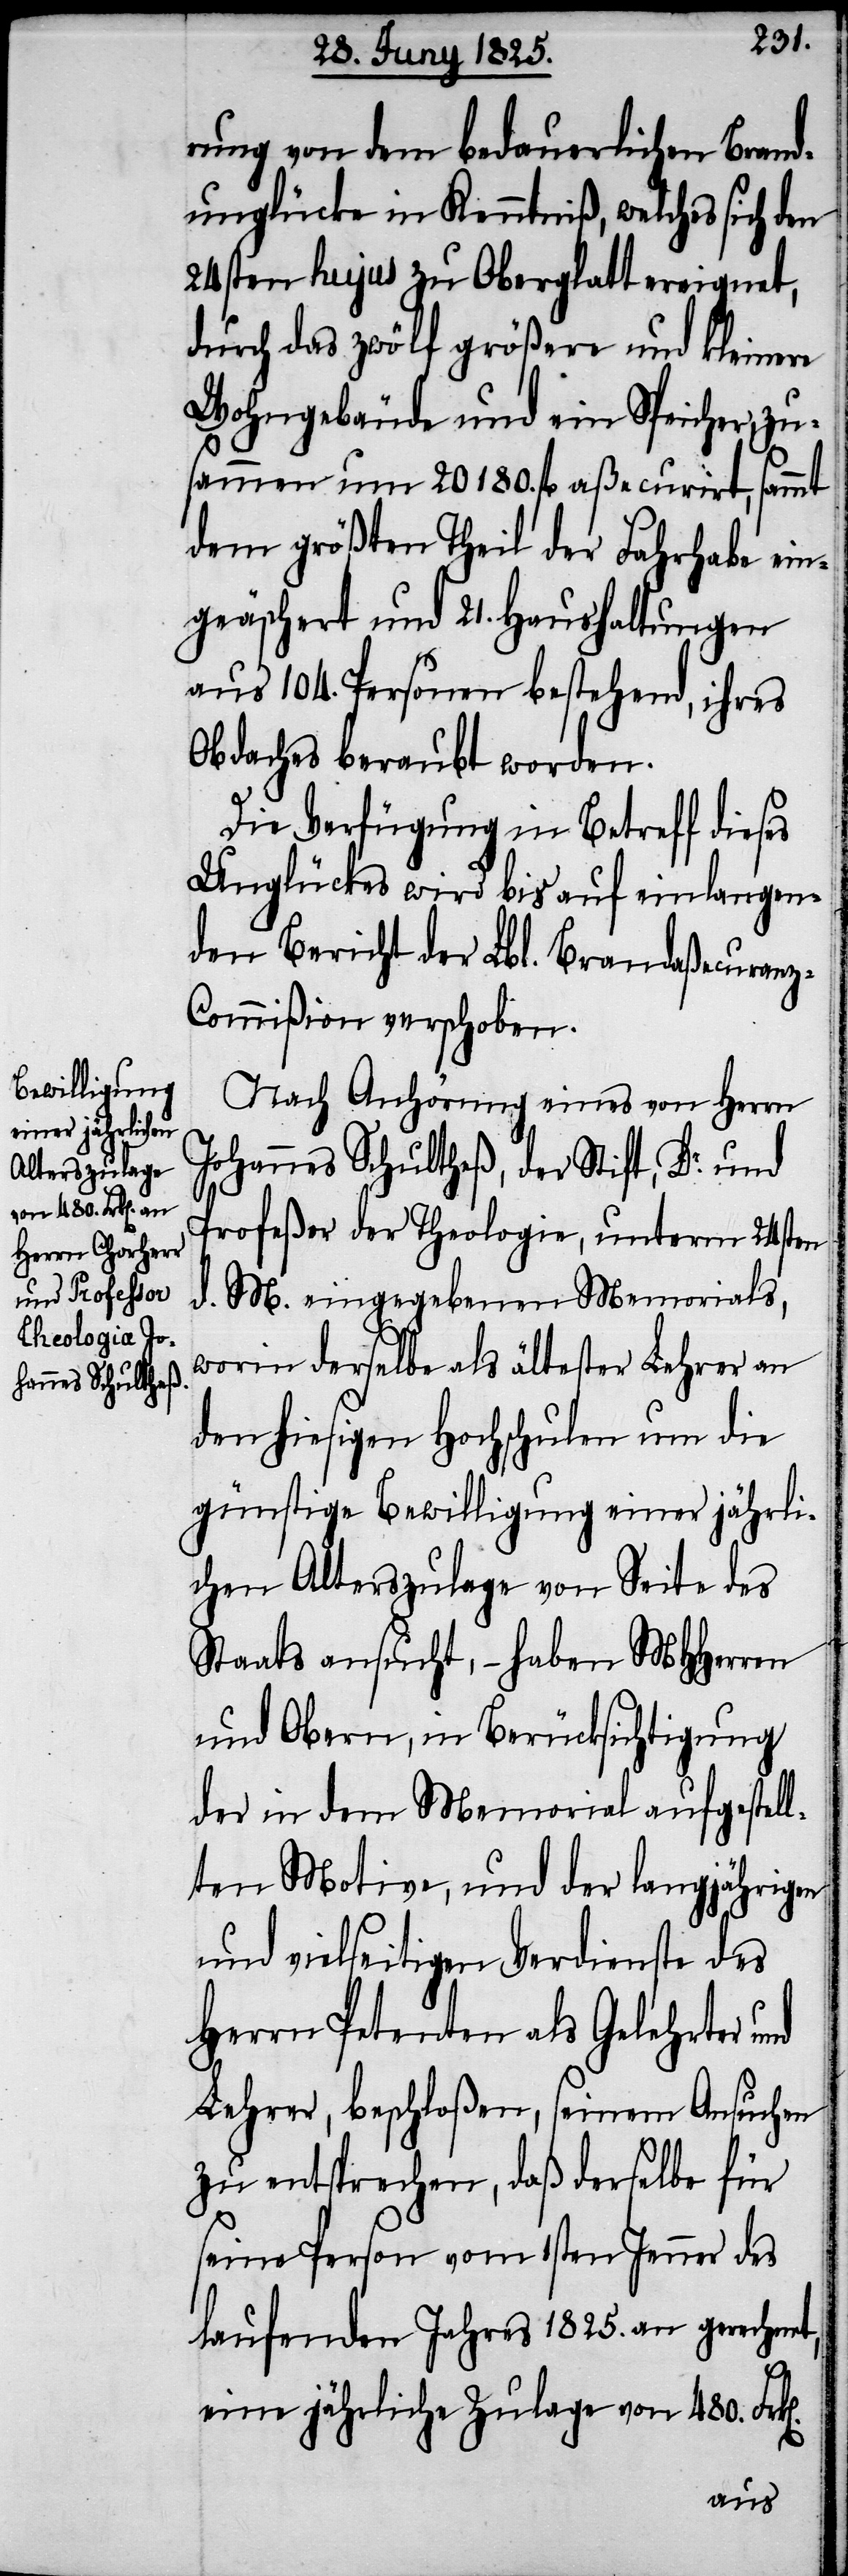
rung von dem bedauerlichen Brand¬
unglück in Kenntniß, welches sich den
24sten hujus zu Oberglatt ereignet,
durch das zwölf größere und kleinere
Wohngebäude und ein Speicher, zu¬
sammen um 20180. fl aßecurirt, sammt
dem größten Theil der Fahrhabe ein¬
geäschert und 21. Haushaltungen
aus 104. Personen bestehend, ihres
Obdaches beraubt worden.
Die Verfügung in Betreff dieses
Unglückes wird bis auf einlangen¬
den Bericht der Lbl. Brandaßecuran¬
z-Commißion verschoben.
Nach Anhörung eines von Herrn
Johannes Schultheß, der Stift, Dr. und
Profeßer der Theologie, unterm 24sten
d. M. eingegebenen Memorials,
worin derselbe als ältester Lehrer an
den hiesigen Hochschule um die
günstige Bewilligung einer jährli¬
chen Alterszulage von Seite des
Staats ansucht, – haben MHHerren
und Obern, in Berücksichtigung
der in dem Memorial aufgestel¬
lten Motive, und der langjährigen
und vielseitigen Verdienste des
Herrn Petenten als Gelehrter und
Lehrer, beschloßen, seinem Ansuchen
zu entsprechen, daß derselbe für
seine Person vom 1sten Jenner des
laufenden Jahres 1825. an gerechnet,
eine jährliche Zulage von 480.